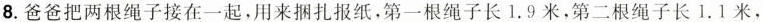
8. 爸爸把两根绳子接在一起，用来捆扎报纸，第一根绳子长1.9米，第二根绳子长1.1米，